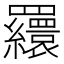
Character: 𦌾